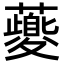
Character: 𧃍